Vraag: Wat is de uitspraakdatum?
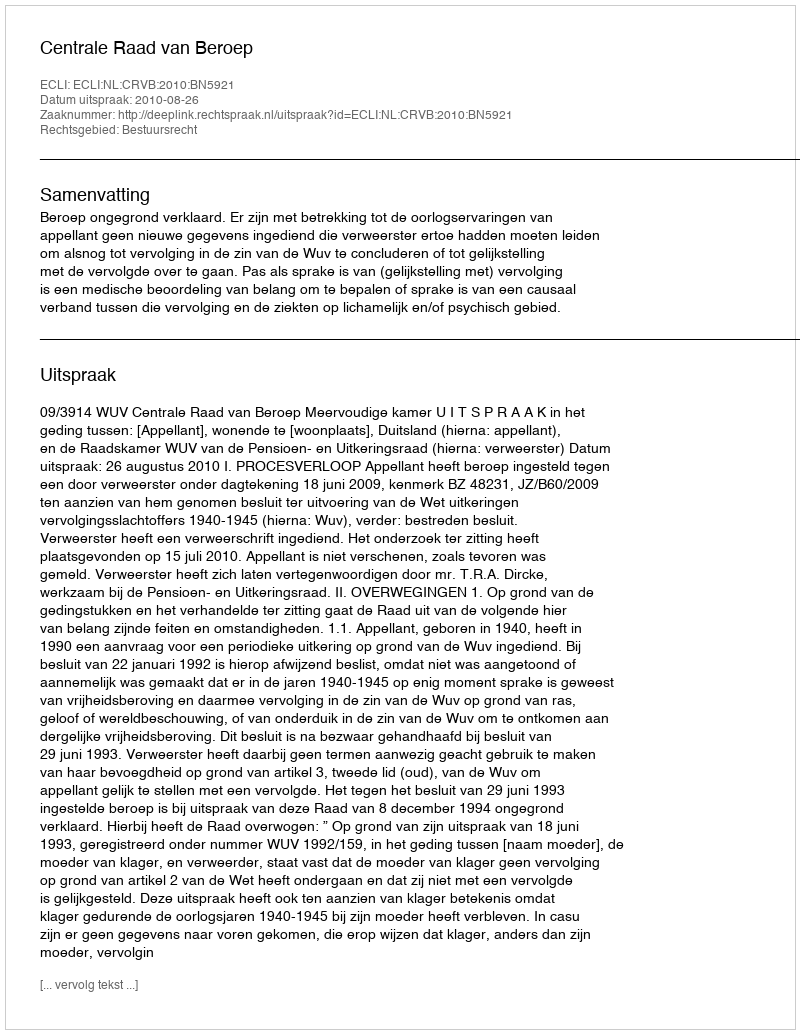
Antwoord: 2010-08-26